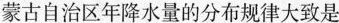
蒙古自治区年降水量的分布规律大致是